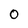
Character: O